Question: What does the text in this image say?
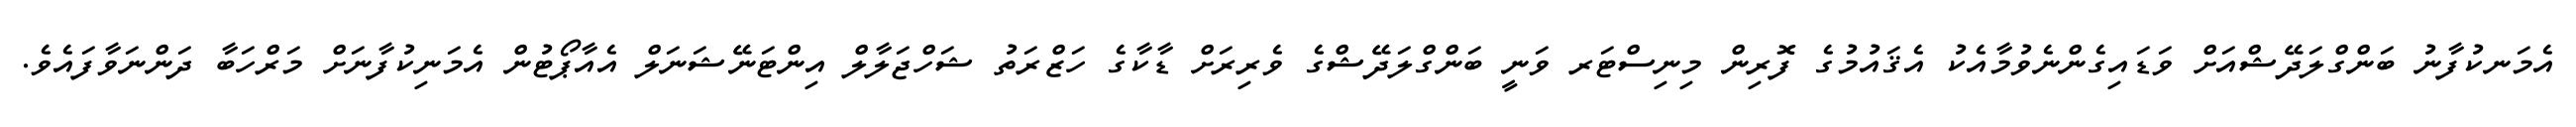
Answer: އެމަނކުފާނު ބަންގްލަދޭޝްއަށް ވަޑައިގެންނެވުމާއެކު އެޤައުމުގެ ފޮރިން މިނިސްޓަރ ވަނީ ބަންގްލަދޭޝްގެ ވެރިރަށް ޑާކާގެ ހަޒްރަތު ޝަހްޖަލާލް އިންޓަނޭޝަނަލް އެއާޕޯޓުން އެމަނިކުފާނަށް މަރްހަބާ ދަންނަވާފައެވެ.